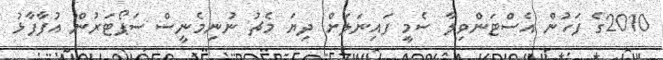
2010ގެ ފަހުން އެސްޓަންވިލާ ސެމީ ފައިނަލަށް ދިޔަ މެޗު ނުނިމެނީސް ސަޕޯޓަރުން އުފާފާޅު